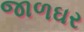
જાળઘર